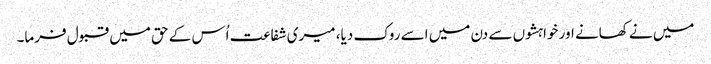
میں نے کھانے اور خواہشوں سے دن میں اسے روک دیا، میری شفاعت اُس کے حق میں قبول فرما۔